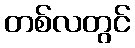
တစ်လတွင်